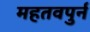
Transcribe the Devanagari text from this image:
महतवपुर्न